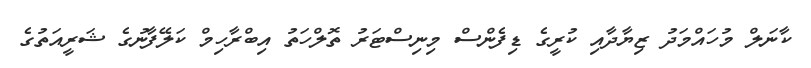
ކާނަލް މުހައްމަދު ޒިޔާދާއި ކުރީގެ ޑިފެންސް މިނިސްޓަރު ތޮލްހަތު އިބްރާހިމް ކަލޭފާނުގެ ޝަރީއަތުގެ